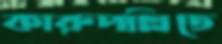
কারুপল্লিতে